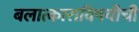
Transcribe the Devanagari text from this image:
बलात्काराविषयीची